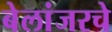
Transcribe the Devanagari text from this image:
बेलांजरचे